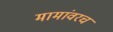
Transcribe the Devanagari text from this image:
मामांवरच